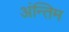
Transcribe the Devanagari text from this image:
अंन्‍तिम